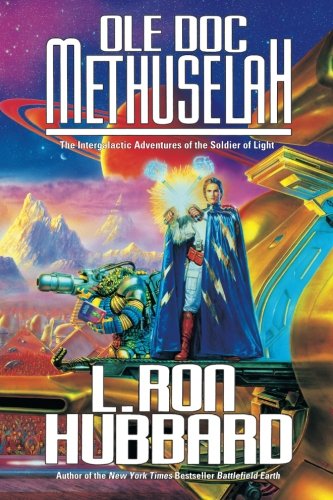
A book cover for Ole Doc Methuselah; L. Ron Hubbard; Science Fiction & Fantasy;